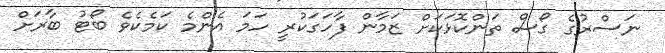
ނަސްރުގެ ގޯސް ތަންކޮޅަކަށް ޒަމާން ފާހަގަކުރީ ހަމަ އެންމެ ކަމެކެވެ ބޯޓު ބާރަށް